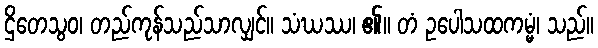
ဌိတေသွဝ၊ တည်ကုန်သည်သာလျှင်။ သံဃဿ၊ ၏။ တံ ဥပေါသထကမ္မံ၊ သည်။